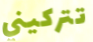
تتركيني